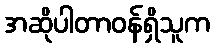
အဆိုပါတာဝန်ရှိသူက